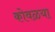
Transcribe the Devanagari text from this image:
कोवळया